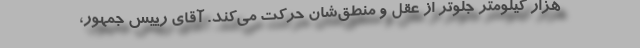
هزار کیلومتر جلوتر از عقل‌ و منطق‌شان حرکت می‌کند. آقای رییس جمهور،